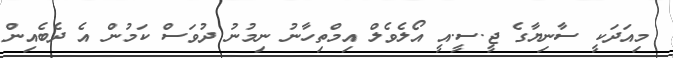
މިއަދަކީ ސާނިޔާގެ ޖީ.ސީ.އީ އޯލެވެލް އިމްތިހާނު ނިމުނު ދުވަސް ކަމުން އެ ދެބެއިން